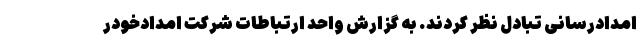
امدادرسانی تبادل نظر کردند. به گزارش واحد ارتباطات شرکت امدادخودر